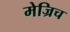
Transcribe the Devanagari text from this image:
मेज्रिच